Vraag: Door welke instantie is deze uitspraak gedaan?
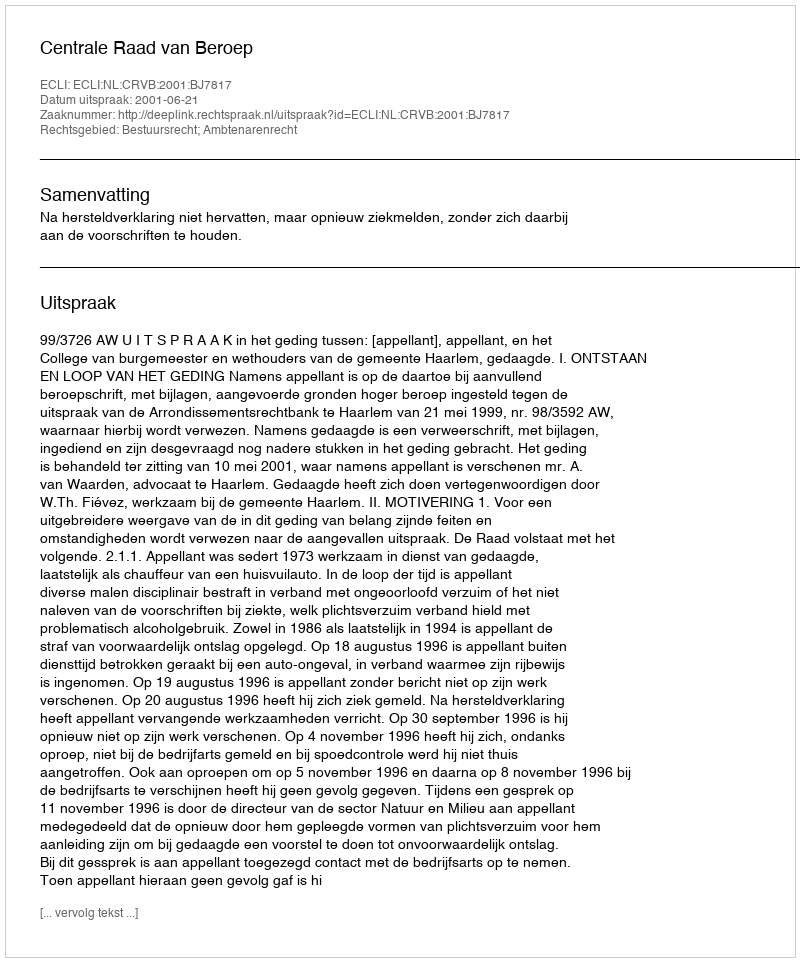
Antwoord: Centrale Raad van Beroep